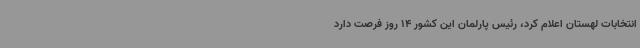
انتخابات لهستان اعلام کرد، رئیس پارلمان این کشور 14 روز فرصت دارد